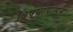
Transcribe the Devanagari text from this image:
विषयांपासून